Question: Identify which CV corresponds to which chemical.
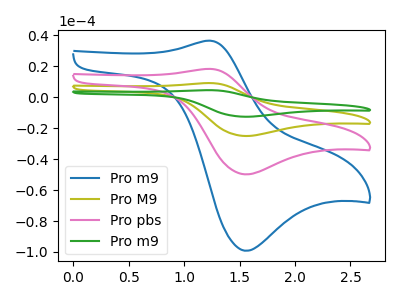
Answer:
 <answer>The blue curve is labeled "Pro m9". The olive curve is labeled "Pro M9". The pink curve is labeled "Pro pbs". The green curve is labeled "Pro m9".</answer>
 <eval></eval>